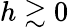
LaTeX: h\gtrsim 0